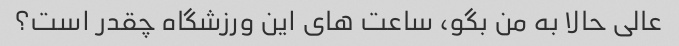
عالی حالا به من بگو، ساعت های این ورزشگاه چقدر است؟